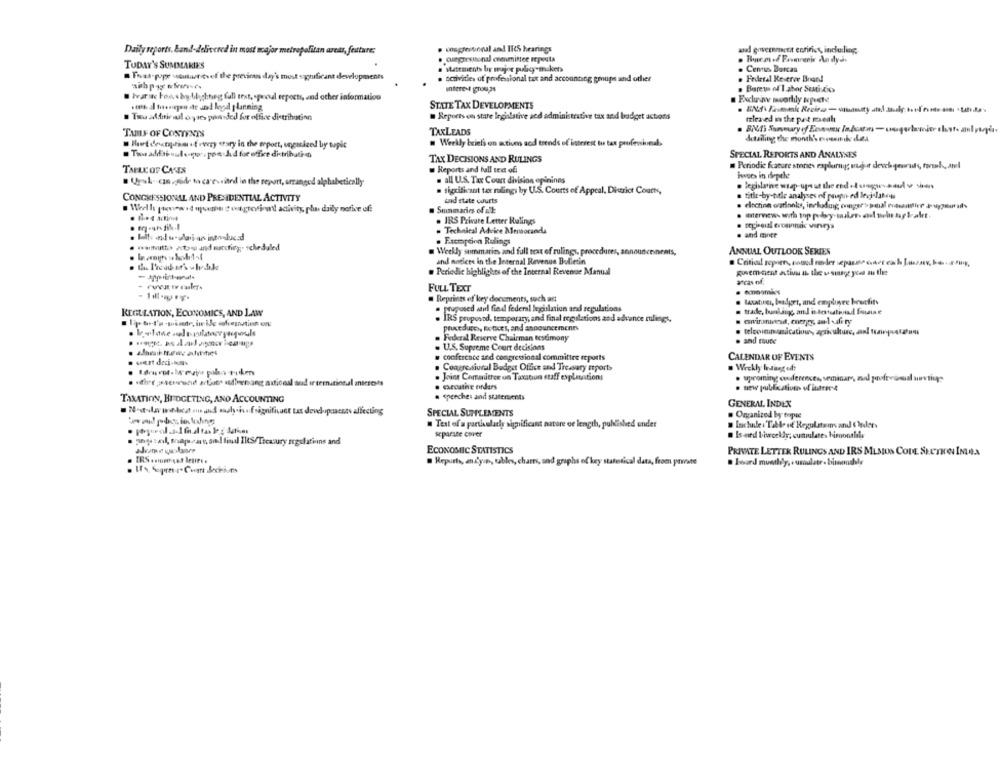
Daily reports, Land- delivered in most major metropolitan arets, feature;
· congressional and IRS hearings
said government eprinies, including;
. congressonal onenmittee reposta
TODAY'S SUMMARIES
. statements by mujer puligrem ket
.Cenuas Burcan
Toas-pope voutut tref the previous day's must surficant developments
scrivities of professional tax and accounting gmups and other
. Federal Reserve Brand
interest groups
. Baretm of I abor Sutidios
hvarwe Fon shy-bibychneg full text, sprod reports, and other information
Exchaine monthly wopecte
STATE TAX DEVELOPMENTS
Tru additieul oyaes pooded for office distribution
. Reports on state Ingalative and administrative tax and budget actions
released in the past meal
TABLE OF CONTENTS
TAXLEADS
detailing the month's russiske Les
Haut deattimi of every story in the sport, ungaized by topic
Weekly beiehs on actions and trends of isterest tu tax professionals
Taus addsé sidespor, pon hid for office distribution
TAX DECISIONS AND RULINGS
SPECIAL REPORTS AND ANALYSES
Periodic feature stories exploring; unjust devch qeurids, torsk, atel
TABLE OF CASTS
. Reports and ball ted ofi
issues in isempthe
Uyul- can .gedr to carryited in the report, arranged alphabetically
. all U.S. Tax Count division opininns
. significant tax rulings by U.S. Courts of Appeal, District Court,
CONGRESSIONAL AND PRESIDENTIAL ACTIVITY
title-by-title analyses of popn-ed levi-daten
and state courts
Well preview .dopoun # out.grosican't activity, plus daily notice of:
Summaries of alk
IRS Private Letter Rulings
regineial eroannaic wirveys
.Technical Advice Mensorand
and mante
.Fxcmoption Rulings
Weekly summaries and full text of rulings, procedur
ANNUAL OUTLOOK SERIES
and nodices in the Internal Revenue Bulletin
. Catia report, nosed noder sepasse caer each Jassay, be
. Periodic highlights of the Internal Revenue Manual
guvem ment activa in the u siege yoes au the
FULL TEXT
. Reprints of key documents, such ant
Masatosi, badger, and employee brutfit
REGULATION, ECONOMICS, AND LAW
proposed atil final federal legislation and regulations
trade, banking, and i testesthvad fouine
. IRS proposed, temporary, and final regulations and advance rulings,
procedures, notices, and announcements
Federal Reserve Chairman testimony
. and esune
1.1.S. Supreme Court decisions
conference and congressional committee reports
CALENDAR OF EVENTS
Congressional Budget Office and Treasary Etports
. Weekly hosting of:
Joint Committee on Taxation staff explications
carosthe enders
. new publication of interr &
TAXATION, BUDGETING, AND ACCOUNTING
· speeches and statements
GENERAL INDEX
SPECIAL SUPPLEMENTS
. Organized by topie
Text of a particularly significant nature or length, published under
. Incluile : Table of Regulatom and ( Inder
separate cover
. Is ard bivceldr; cumulates himonthals
3detail, mapas soll find IRS/Treasury regulations and
ECONOMIC STATISTICS
PRIVATE LETTER RULINGS AND IRS MLMIUS CODE SECTION INDA
IRS son got leures .
Reports, and'yin, tables, charts, sad graphs of key statotical data, from powate
. Lourd monthly, . usoulate . bimonthly